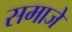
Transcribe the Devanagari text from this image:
समाजे